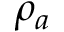
\rho _ { a }